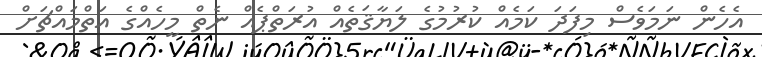
އެހެން ނަމަވެސް މިފަދަ ކަމެއް ކުރުމުގެ ލަޔާޤަތެއް އުރަތްޕެއް ނެތް މީހެއްގެ އަތްމައްޗަށް